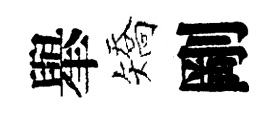
𦦙矯剛